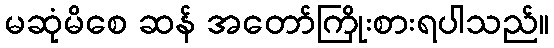
မဆုံမိစေ ဆန် အတော်ကြိုးစားရပါသည်။